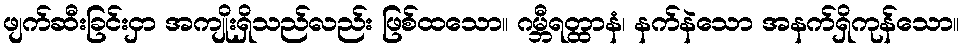
ဖျက်ဆီးခြင်းငှာ အကျိုးရှိသည်လည်း ဖြစ်ထသော။ ဂမ္ဘီရတ္ထာနံ၊ နက်နဲသော အနက်ရှိကုန်သော။